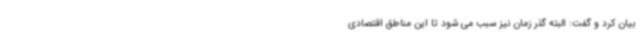
بیان کرد و گفت: البته گذر زمان نیز سبب می شود تا این مناطق اقتصادی